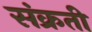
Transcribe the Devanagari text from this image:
संक्रती